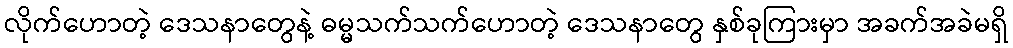
လိုက်ဟောတဲ့ ဒေသနာတွေနဲ့ ဓမ္မသက်သက်ဟောတဲ့ ဒေသနာတွေ နှစ်ခုကြားမှာ အခက်အခဲမရှိ